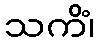
သကိံ၊